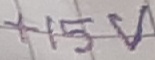
Text: +15V